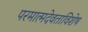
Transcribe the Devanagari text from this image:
परमात्मदेवताविशेष